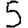
Digit: 5